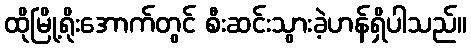
ထိုမြို့ရိုးအောက်တွင် စီးဆင်းသွားခဲ့ဟန်ရှိပါသည်။